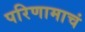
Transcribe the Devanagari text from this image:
परिणामाचं